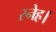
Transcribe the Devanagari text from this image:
स्नेह।